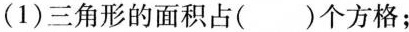
(1)三角形的面积占（）个方格；